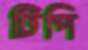
টিপি